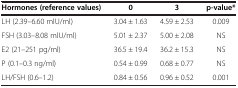
| Hormones (reference values) | 0 | 3 | p-value* |
 | --- | --- | --- | --- |
 | LH (2.39–6.60 mlU/ml) | 3.04 ± 1.63 | 4.59 ± 2.53 | 0.009 |
 | FSH (3.03–8.08 mlU/ml) | 5.01 ± 2.37 | 5.00 ± 2.08 | NS |
 | E2 (21–251 pg/ml) | 36.5 ± 19.4 | 36.2 ± 15.3 | NS |
 | P (0.1–0.3 ng/ml) | 0.54 ± 0.99 | 0.68 ± 0.77 | NS |
 | LH/FSH (0.6–1.2) | 0.84 ± 0.56 | 0.96 ± 0.52 | 0.001 |